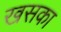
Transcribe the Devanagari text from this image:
खसका